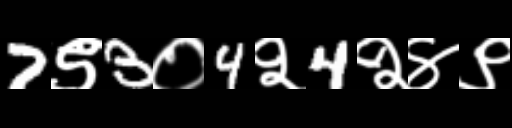
Text: 7९3०4२4२४९